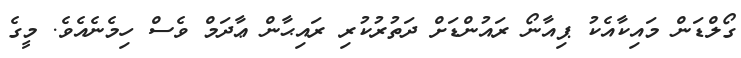
ގޯލްޑަން މައިކާއެކު ޕިއާނޯ ރައުންޑަށް ދަތުރުކުރި ރައިޙާން ޢާދަމް ވެސް ހިމެނެއެވެ. މީގެ